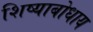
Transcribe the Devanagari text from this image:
शिष्याबोधाय